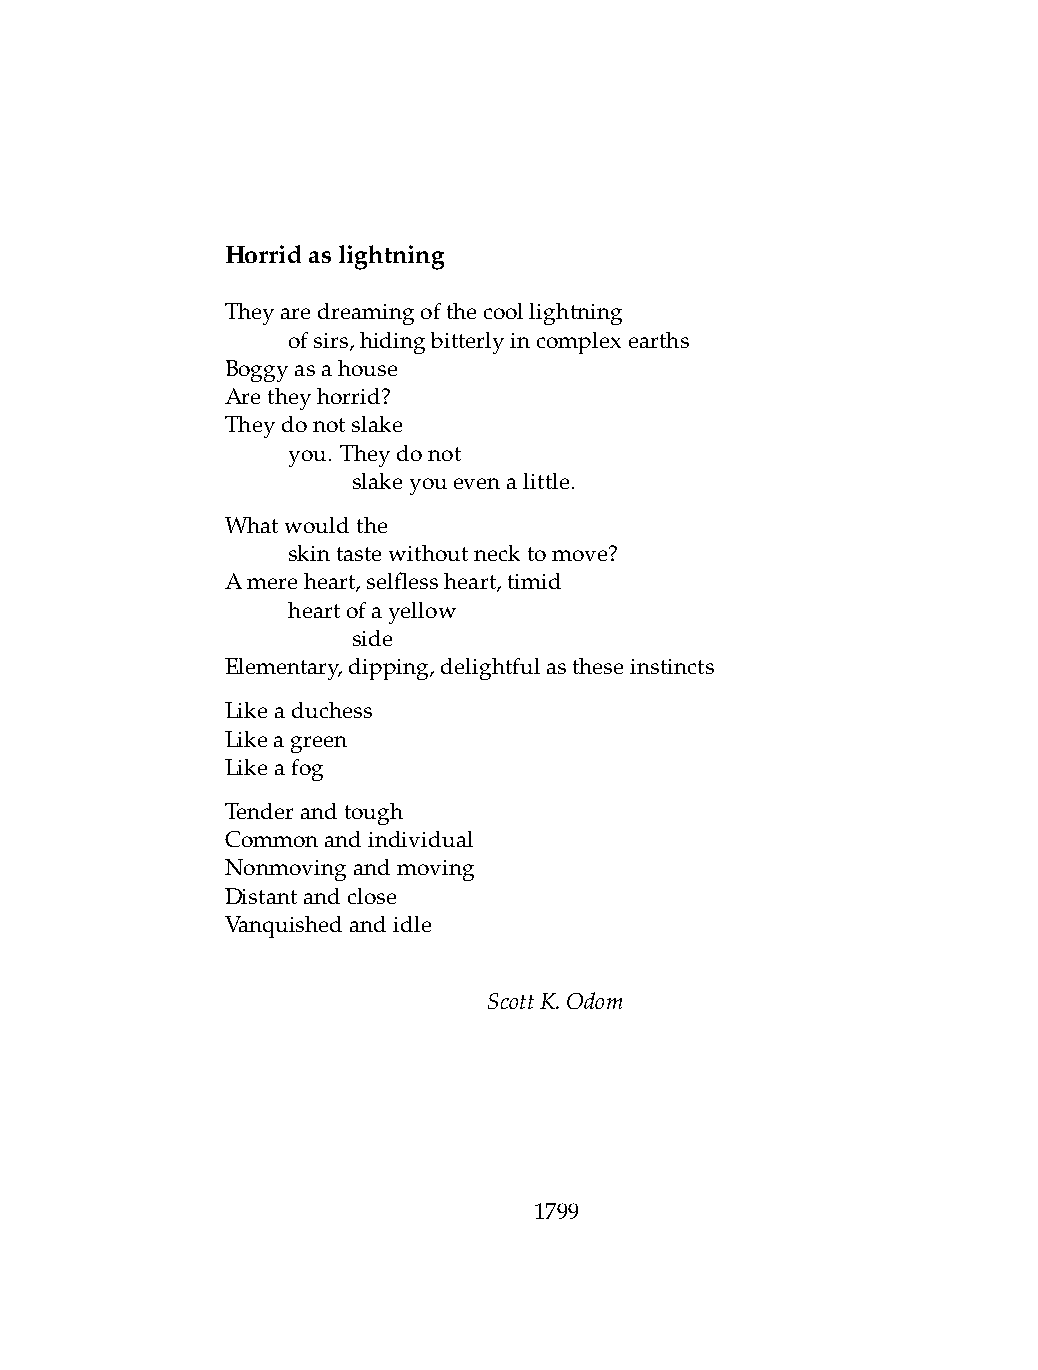
Horridaslightning
 Theyaredreamingofthecoollightning
 .   ofsirs,hidingbitterlyincomplexearths
 Boggyasahouse
 Aretheyhorrid?
 Theydonotslake
 .   you. Theydonot
 .   .   slakeyouevenalittle.
 Whatwouldthe
 .   skintastewithoutnecktomove?
 Amereheart,selflessheart,timid
 .   heartofayellow
 .   .   side
 Elementary,dipping,delightfulastheseinstincts
 Likeaduchess
 Likeagreen
 Likeafog
 Tenderandtough
 Commonandindividual
 Nonmovingandmoving
 Distantandclose
 Vanquishedandidle
 ScottK.Odom
 1799